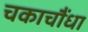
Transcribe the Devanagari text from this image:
चकाचौंधा